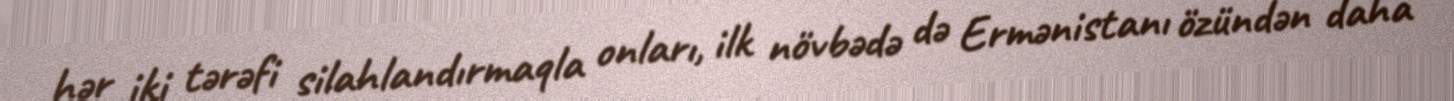
hər iki tərəfi silahlandırmaqla onları, ilk növbədə də Ermənistanı özündən daha